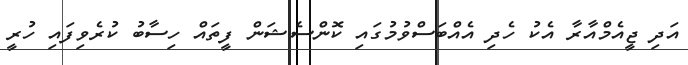
އަދި ޖީއެމްއާރާ އެކު ހެދި އެއްބަސްވުމުގައި ކޮންސެޝަން ފީތައް ހިސާބު ކުރެވިފައި ހުރީ